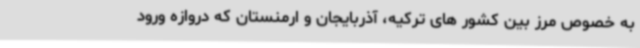
به خصوص مرز بین کشور های ترکیه، آذربایجان و ارمنستان که دروازه ورود